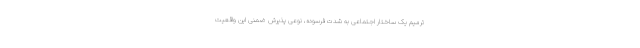
ترمیم یک ساختار اجتماعی به شدت فرسوده، نوعی پذیرش ضمنی این واقعیت